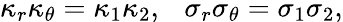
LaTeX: \kappa_{r}\kappa_{\theta}=\kappa_{1}\kappa_{2},~~~\sigma_{r}\sigma_{\theta}=\sigma_{1}\sigma_{2},